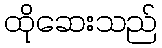
ထိုဆေးသည်